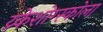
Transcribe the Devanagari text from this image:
य्र्केशोग्स्कोला